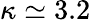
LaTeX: \kappa\simeq 3.2